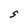
Character: S